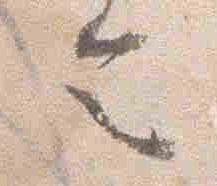
令